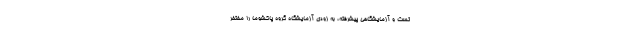
تست و آزمایشگاهی پیشرفته، به زودی آزمایشگاه گروه پاکشوما را مفتخر